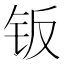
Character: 钣